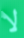
لا